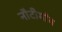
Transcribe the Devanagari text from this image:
नौटीगाँव